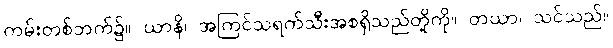
ကမ်းတစ်ဘက်၌။ ယာနိ၊ အကြင်သရက်သီးအစရှိသည်တို့ကို။ တယာ၊ သင်သည်။